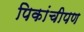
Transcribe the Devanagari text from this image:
पिकांचीपण